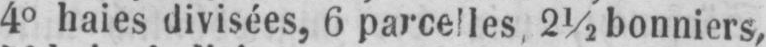
4° haies divisées, 6 parcelles, 2½ bonniers,